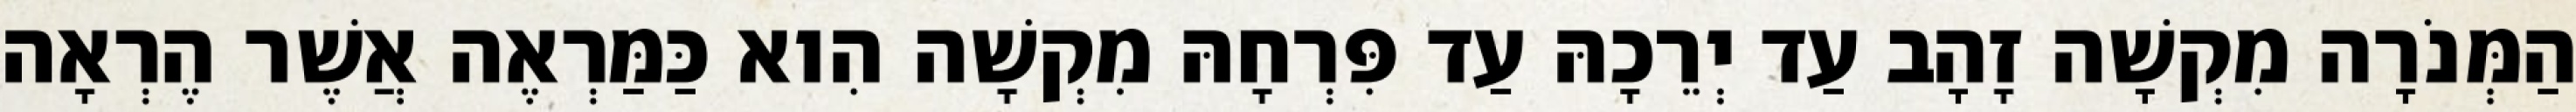
הַמְּנֹרָה מִקְשָׁה זָהָב עַד יְרֵכָהּ עַד פִּרְחָהּ מִקְשָׁה הִוא כַּמַּרְאֶה אֲשֶׁר הֶרְאָה